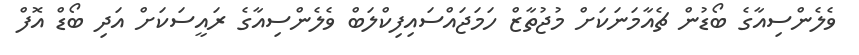
ވެލެންސިއާގެ ބޯޑުން ޗެއާމަނަކަށް މުޖުތާޒް ހަމަޖައްސައިފިކްލަބް ވެލެންސިއާގެ ރައީސަކަށް އަދި ބޯޑް އޮފް